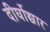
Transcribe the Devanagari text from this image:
दीर्घोच्चार